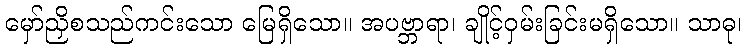
မှော်ညှိစသည်ကင်းသော မြေရှိသော။ အပဗ္ဘာရာ၊ ချိုင့်ဝှမ်းခြင်းမရှိသော။ သာဓု၊